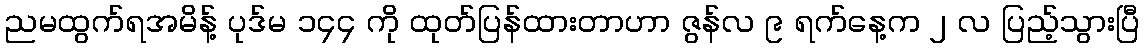
ညမထွက်ရအမိန့် ပုဒ်မ ၁၄၄ ကို ထုတ်ပြန်ထားတာဟာ ဇွန်လ ၉ ရက်နေ့က ၂ လ ပြည့်သွားပြီ